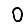
Digit: 0